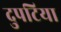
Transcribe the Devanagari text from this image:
दुपटिया